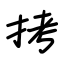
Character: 拷